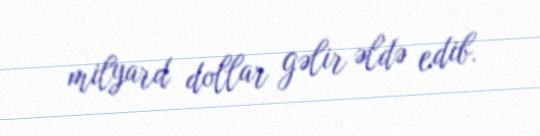
milyard dollar gəlir əldə edib.